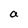
Character: a